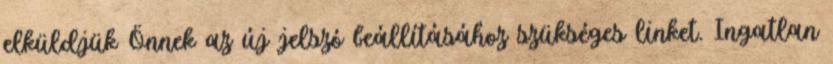
elküldjük Önnek az új jelszó beállításához szükséges linket. Ingatlan